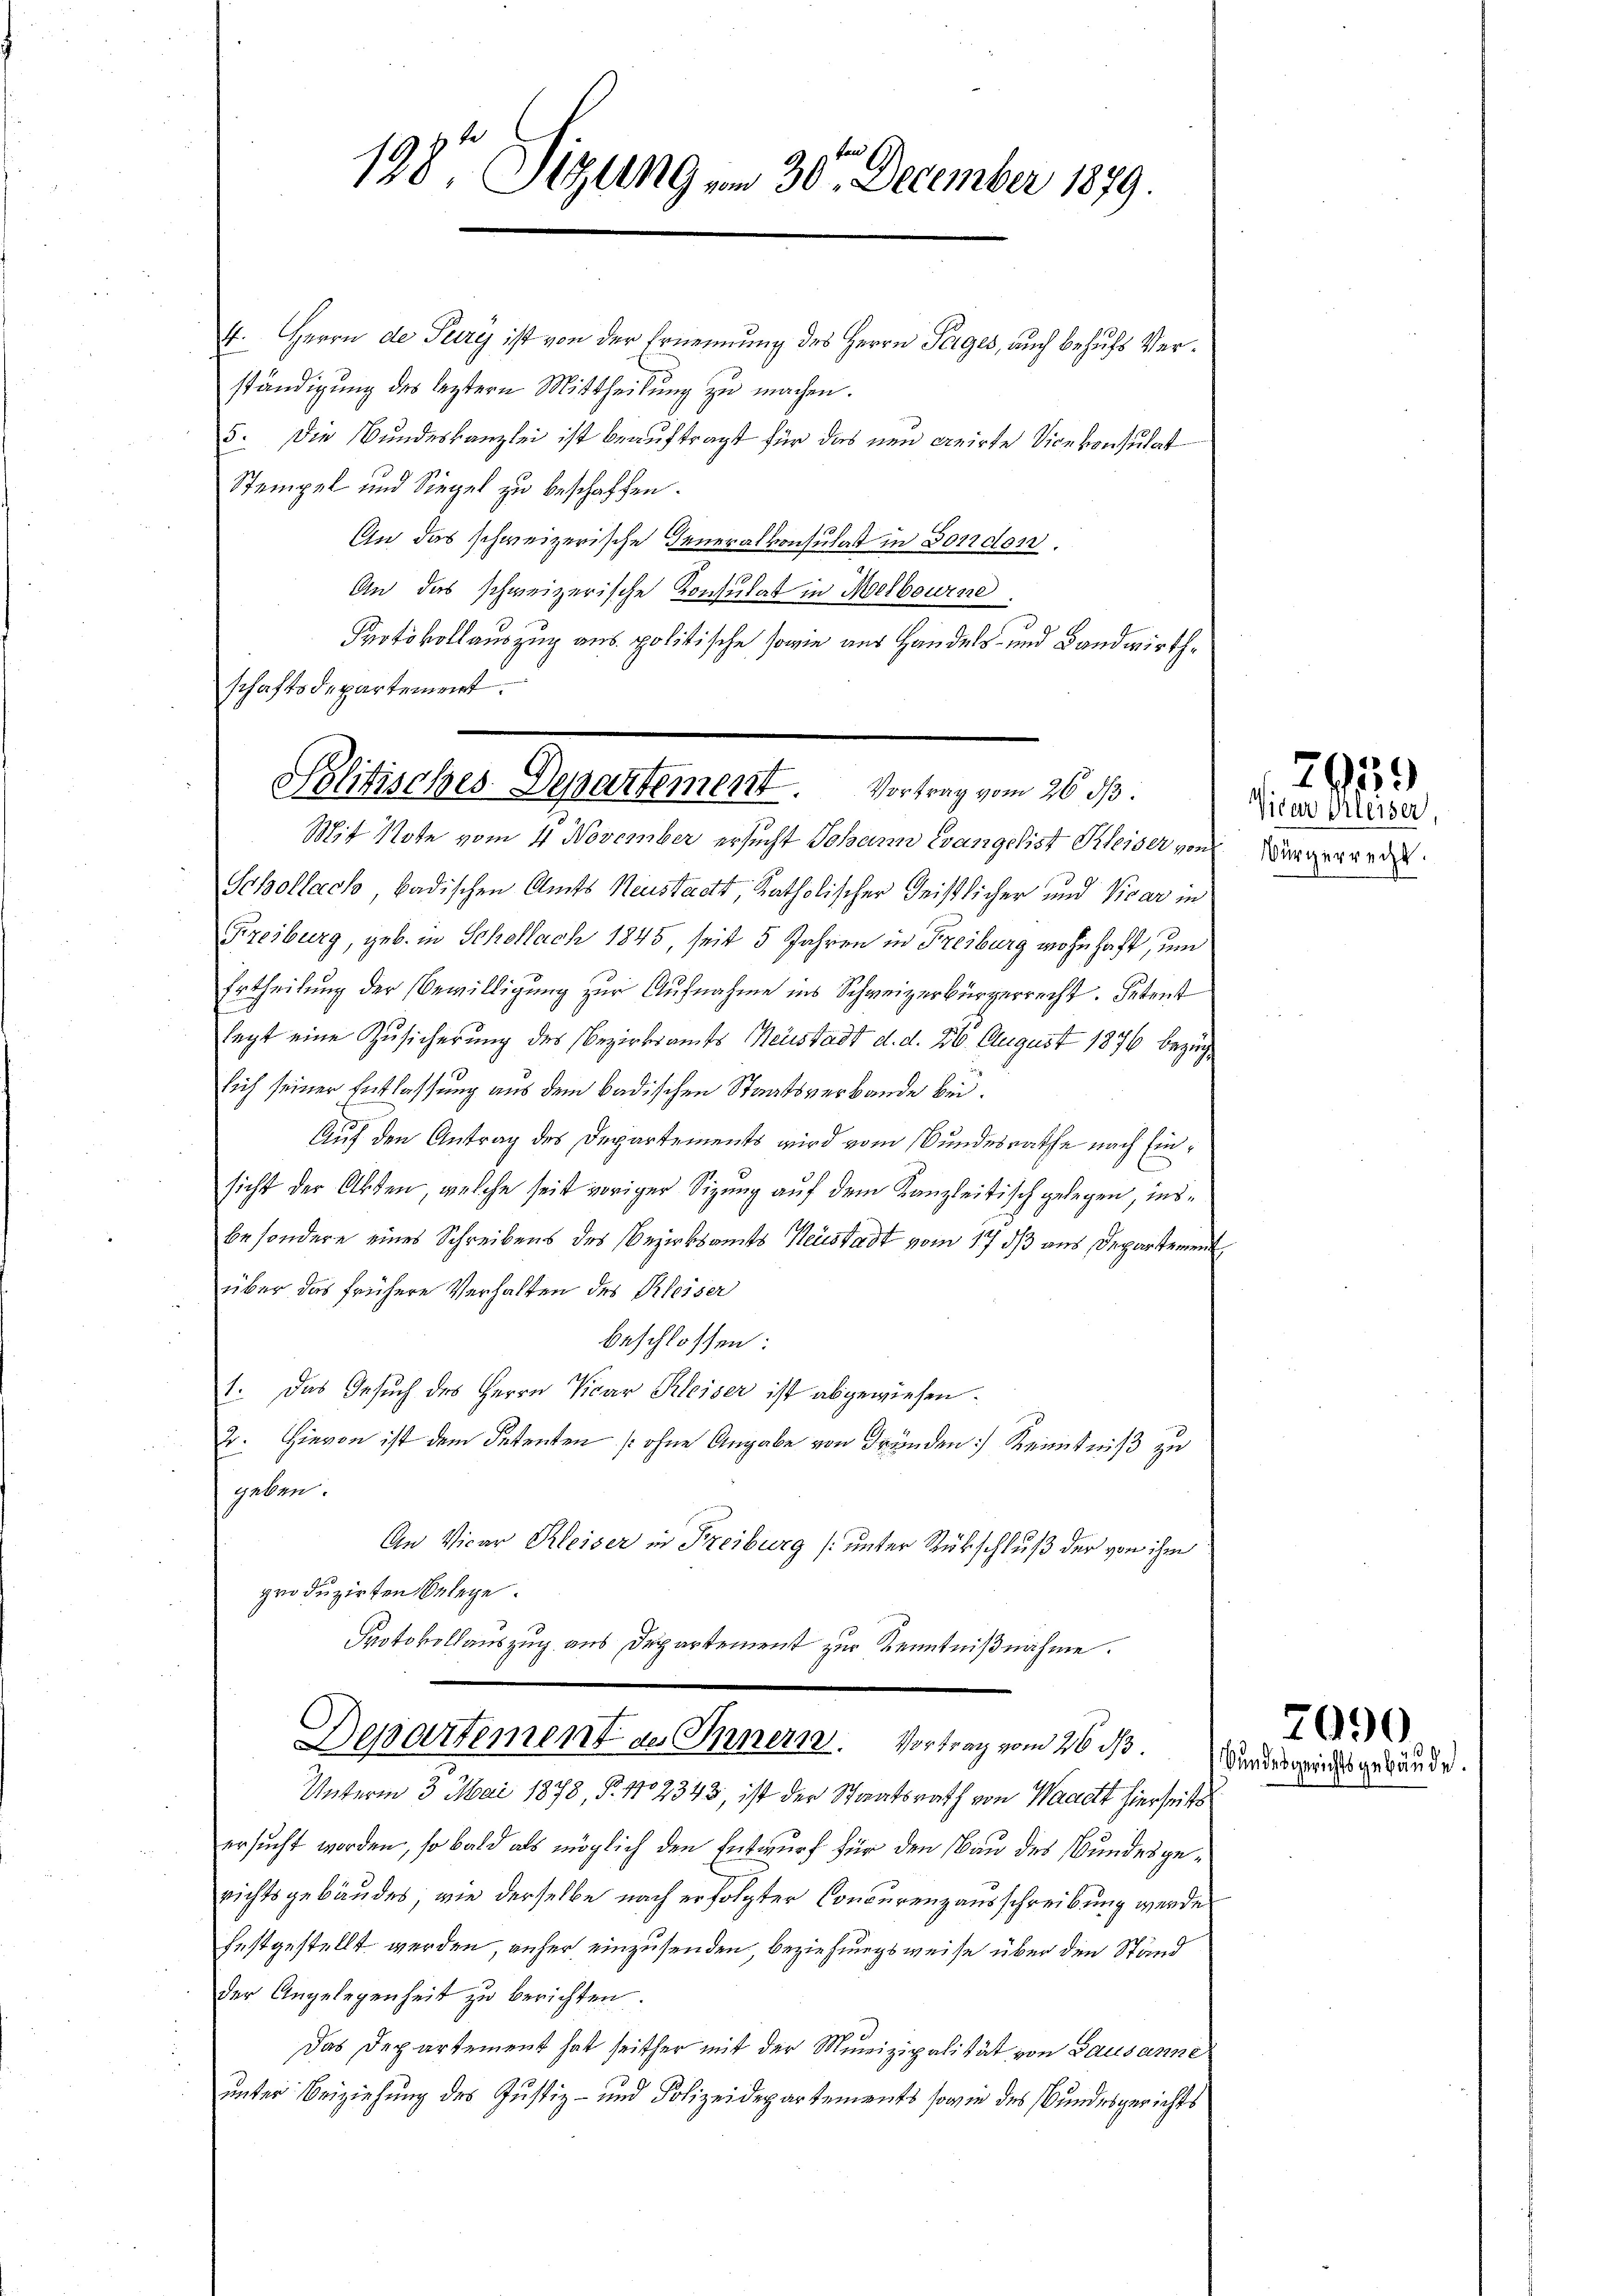
198. Sigung am 30. December 1879.

4. Herrn de Tury ist von der Ernennung des Herrn Perges, auch behufs Verständigung des letzteren Mittheilung zu machen.
5. Die Bundeskanzlei ist beauftragt für das neu creirte Vicekonsulat
Stempel und Siegel zu beschaffen.
In das schweizerische Generalkonsulat in Forden.
An das schweizerische Konsulat in Melbourne
Protokollauszug aus politische sowie aus Handels- und Landwirthschaftsdepartement.

Politisches Departement. Vortrag vom 26. dβ.

Mit Note vom 4 November ersucht Johann Evangelist Keiser von
Schollach badischen Amts Neustadtt, Katholischer Geistlicher und Vicar in
Freiburg, geb. in Schollach 1845, seit 5 Jahren in Freiburg wohnhaft, um
Ertheilung der Bewilligung zur Aufnahme ins Schweizerbürgerrecht. Petent
legt eine Zusicherung des Bezirksamts Neustadt d. d. 26. August 1876 bezüg
sich seiner Entlassung aus dem badischen Staatsverbande bei.
Auf den Antrag des Departements wird vom Bundesrathe nach Einsicht der Akten, welche seit voriger Sizung auf dem Kanzleitisch gelegen, insbesondere eines Schreibens des Bezirksamts Neustadt vom 17 dß aus Departement
über das frühere Verhalten des Kleiser
beschlossen:
1. Das Gesuch des Herrn Vicar Kleiser ist abgewiesen.
2. Hievon ist dem Petenten [ohne Angabe von Gründen Kenntniß zu
geben.
An Vicar Kleiser in Freiburg (unter Rückschluß der von ihm
produzirten Belege.
Protokollauszug aus Departement zur Kenntnißnahme.
Departement an Innern. Vortrag vom 26 des Kindesgrundes gewände
Unterm 3. Mai 1878, N. 1102343, ist der Staatsrath von Waadt hierseits
ersucht worden, so bald als möglich den Entwurf für den Bau des Bundesgerichtsgebäudes, wie derselbe nach erfolgter Concurenzausschreibung werde
festgestellt werden, anher einzusenden, beziehungsweise über den Stand
der Angelegenheit zu berichten.
Das Departement hat seither mit der Munizipalität von Lausanne
unter Beiziehung des Justiz- und Polizeidepartements sowie des Bundesgerichts

Vicar Kleiser,
Bürgerrecht.

7939

2090